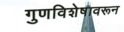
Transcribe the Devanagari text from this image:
गुणविशेषावरून